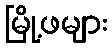
မြို့ဖများ